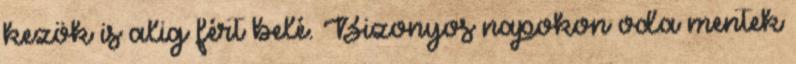
kezök is alig fért belé. Bizonyos napokon oda mentek